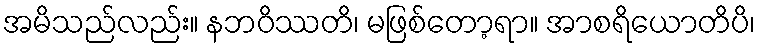
အမိသည်လည်း။ နဘဝိဿတိ၊ မဖြစ်တော့ရာ။ အာစရိယောတိပိ၊